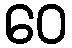
ဝေ